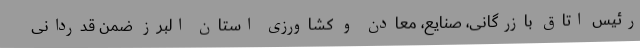
رئیس اتاق بازرگانی، صنایع، معادن و کشاورزی استان البرز ضمن قدردانی